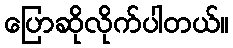
ပြောဆိုလိုက်ပါတယ်။